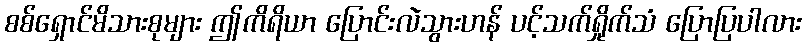
စစ်ရှောင်မိသားစုများ ဤကိရိယာ ပြောင်းလဲသွားဟန် ပင့်သက်ရှိုက်သံ ပြောပြပါလား